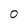
Character: O